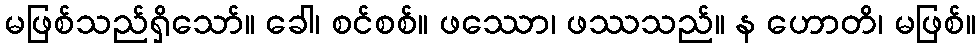
မဖြစ်သည်ရှိသော်။ ခေါ၊ စင်စစ်။ ဖဿော၊ ဖဿသည်။ န ဟောတိ၊ မဖြစ်။